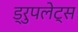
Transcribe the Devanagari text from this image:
ड्रुपलेट्स